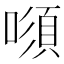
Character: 𠾫